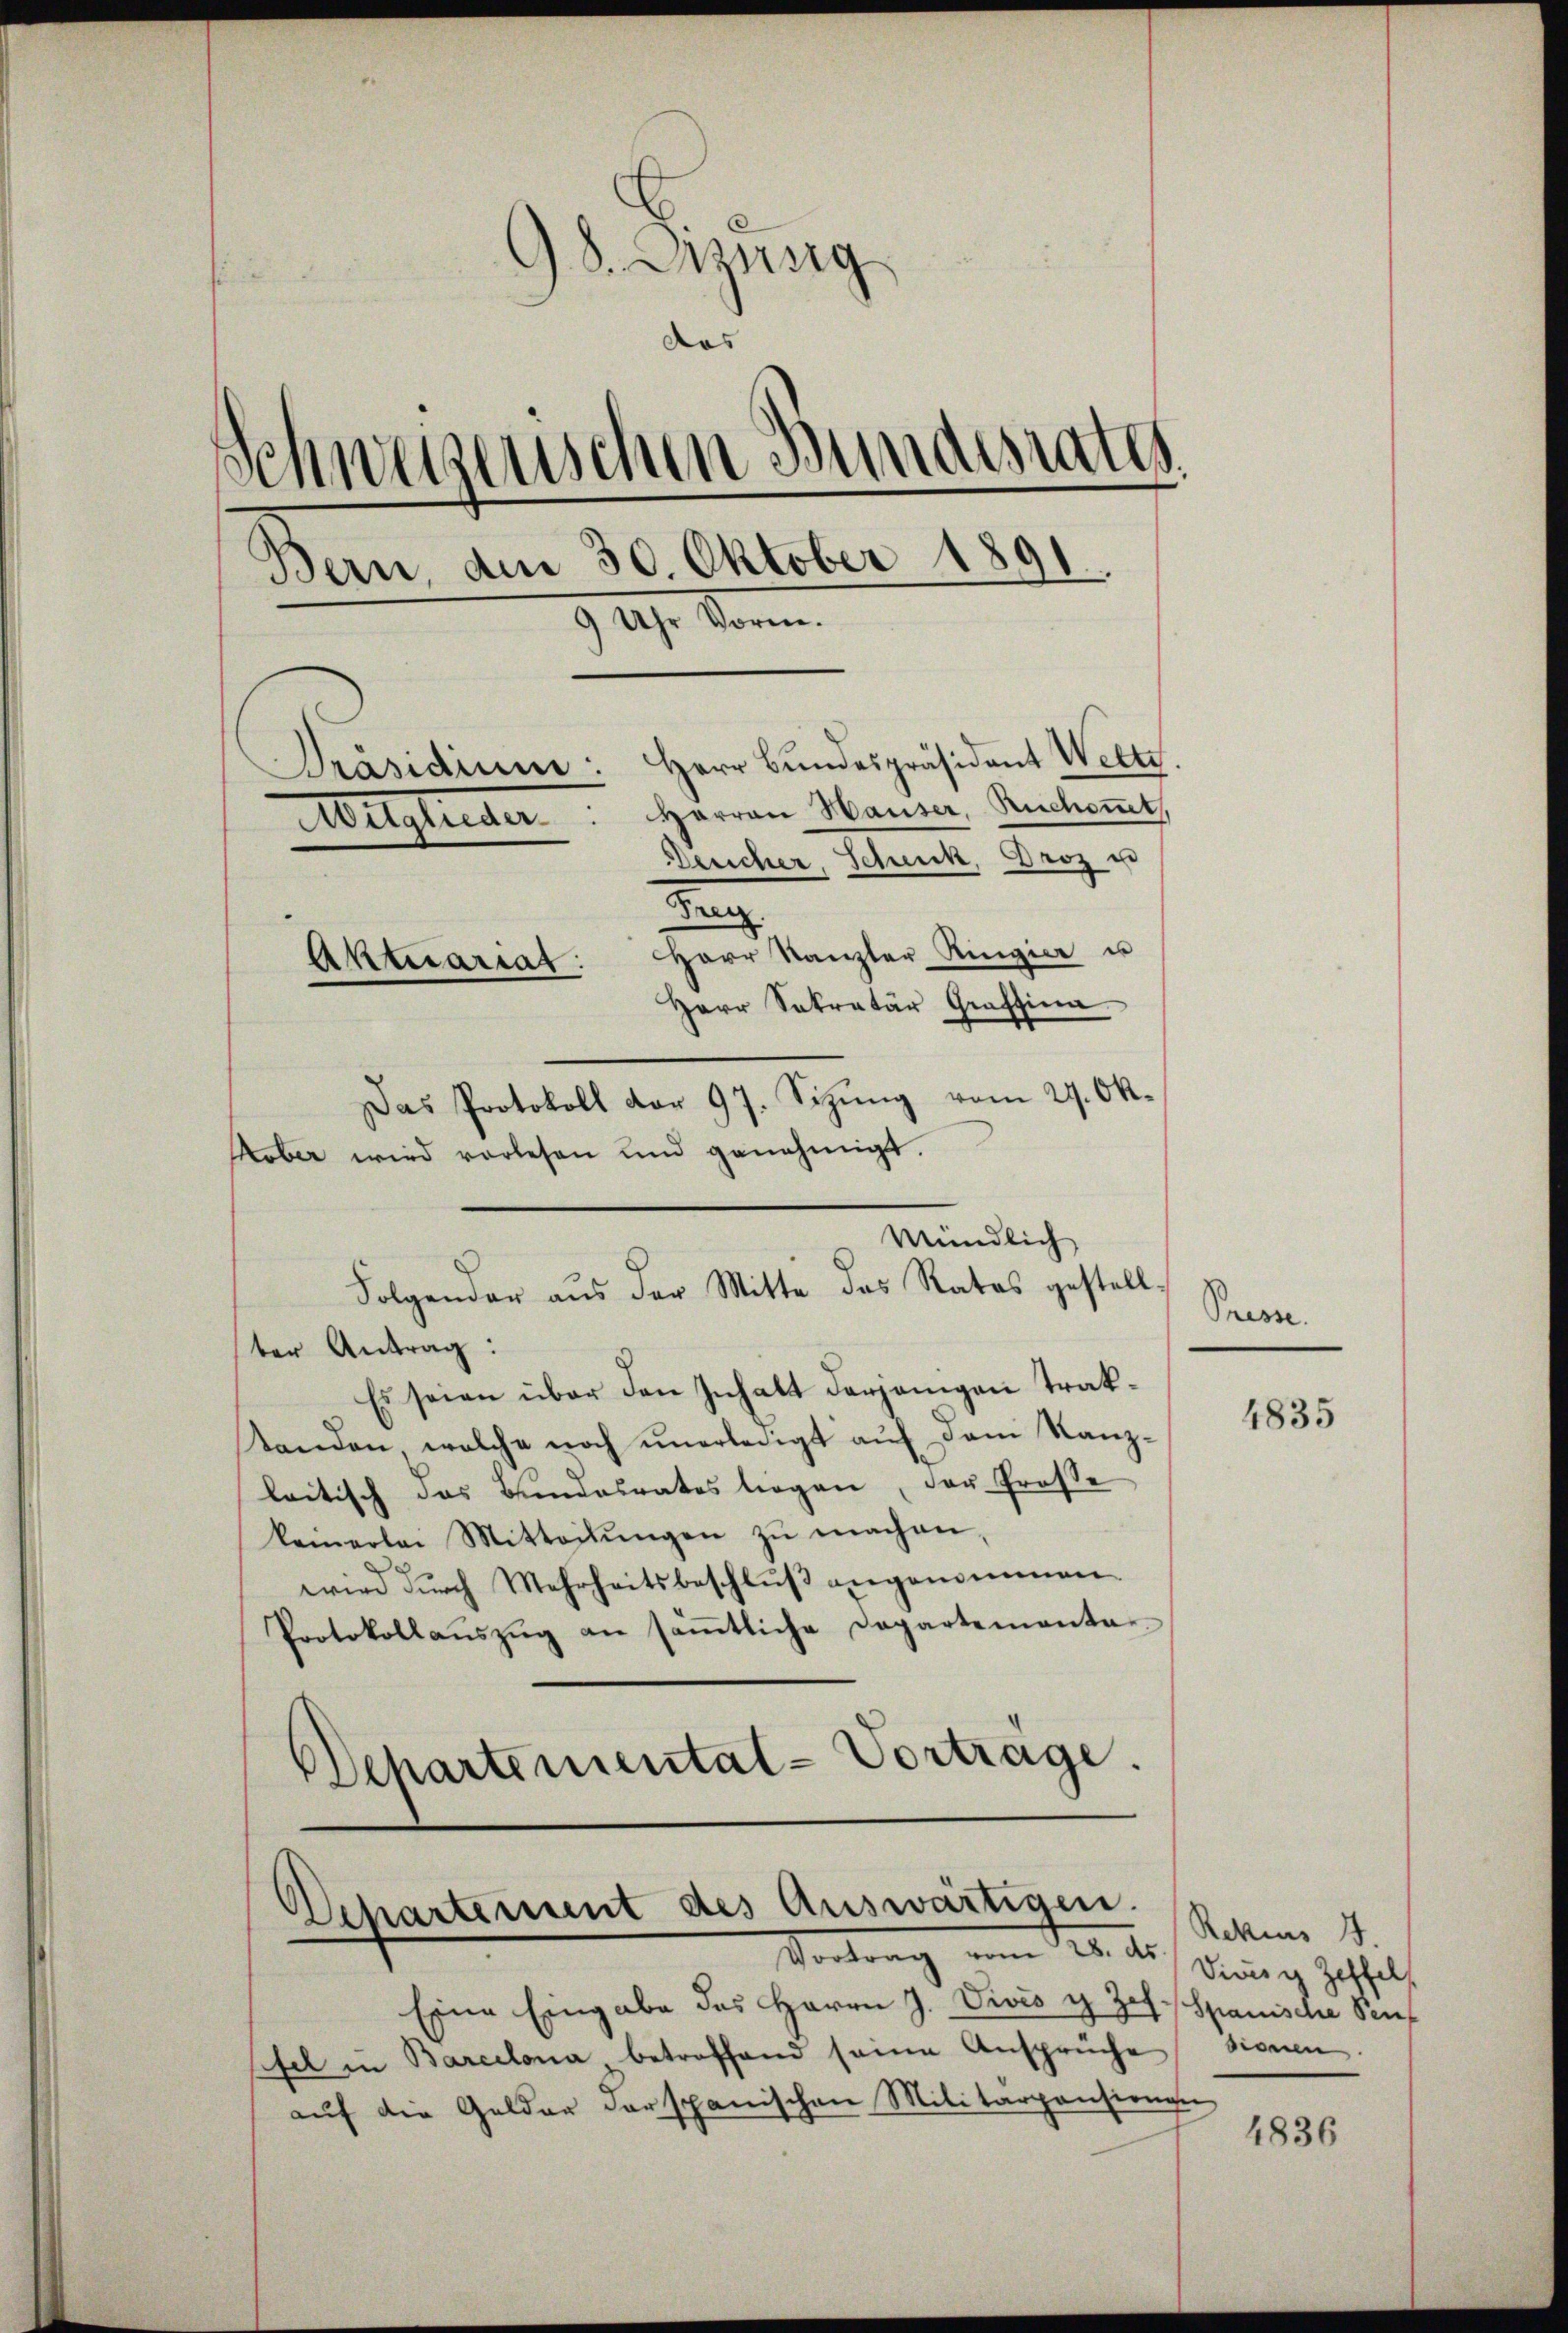
98. Dirung
das
Schwegenschen Bundesrates
Bern, am 30. Oktober 1891.
947. Vorm.
Präsidium: Herr Bŭndespräsident Welti
Harren Hauser, Ruchommet,
Mitglieder
Deucher, Scheck, Droz u
t
Herr Kanzler Ringier u
Aktuariat:
Herr Sekretär Graffina

Das Protokoll dar 97. Sitzŭng vom 29. Ok-
ter Antrag:
Es seien über den Inhalt derjenigen Traktanden, welche noch unerledigt auf dem Kanzleitisch das Bundesrates liegen, der Prose
keinerlei Mitteilŭngen zŭ machen,
wird durch Mehrheitsbeschluß angenommen.
Protokollaŭszŭg an säṁtliche Departementar-
Departemental-Vortrage.

Kober wird vorlesen und genehmigt.

Mündlich
Folgender aus der Mitte das Rates gestell-

Departement des Auswärtigen.
Vortrag von 15. d. Sinner gethelf

Eine Eingabe des Herrn J. Vivés i Jes. Spanische Senf
pfel in Barcelona betreffend seine Ansprüche sienen
auf die Gelder derspanischen Militäransionen

Prise.

4835

Rekus 4.

1836